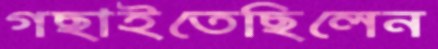
গছাইতেছিলেন